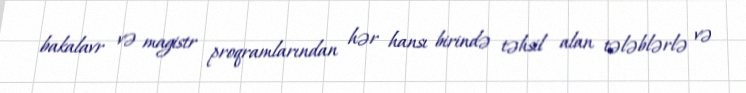
bakalavr və magistr proqramlarından hər hansı birində təhsil alan tələblərlə və